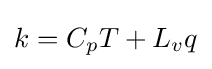
k=C_{p}T+L_{v}q